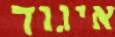
איגוד